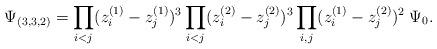
LaTeX: \begin{align*}\Psi_{(3,3,2)}=\prod_{i<j} (z_i^{(1)}-z_j^{(1)})^{3}\prod_{i<j} (z_i^{(2)}-z_j^{(2)})^{3}\prod_{i,j} (z_i^{(1)}-z_j^{(2)})^{2}\; \Psi_{0}.\end{align*}